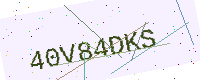
Text: 40V84DKS